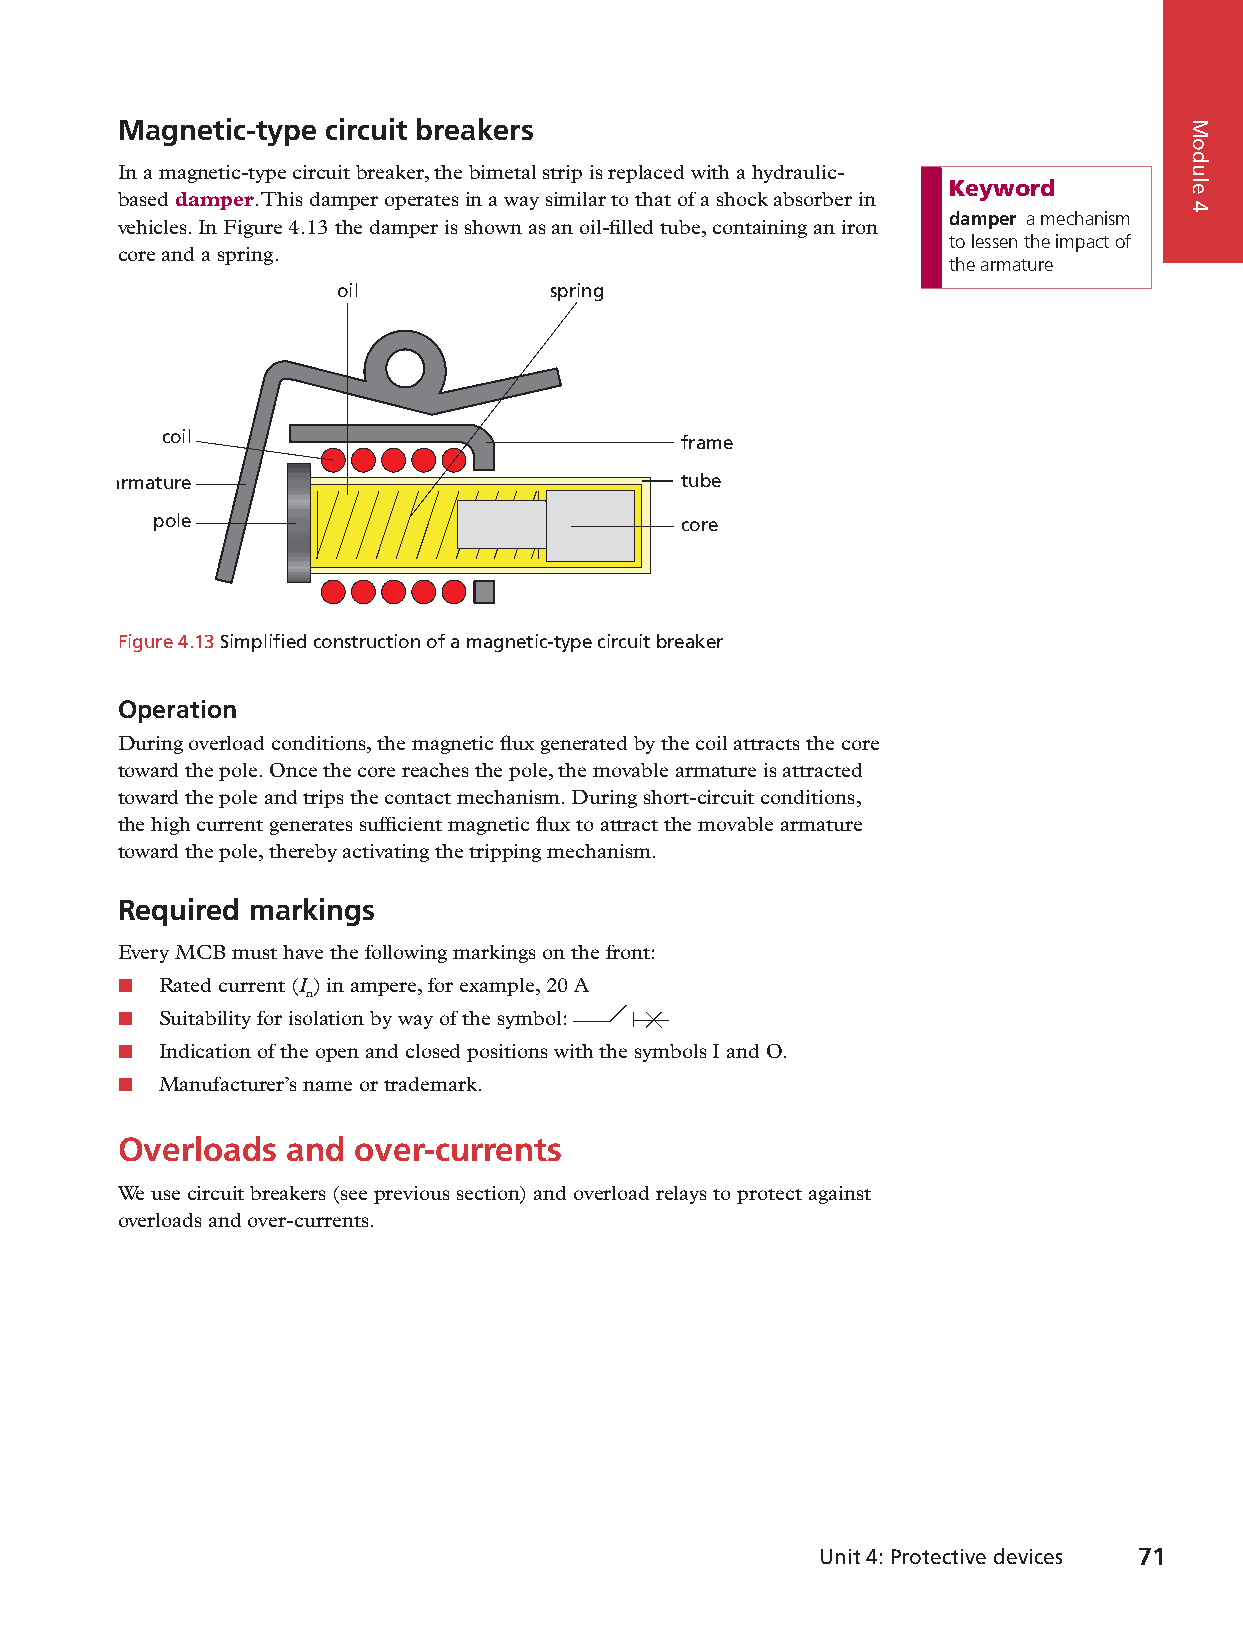
Magnetic-type circuit breakers
 In a magnetic-type circuit breaker, the bimetal strip is replaced with a hydraulic-
 Keyword
 based damper. This damper operates in a way similar to that of a shock absorber in
 damper a mechanism
 vehicles. In Figure 4.13 the damper is shown as an oil-filled tube, containing an iron
 to lessen the impact of
 core and a spring.
 the armature
 oil           spring
 coil                              frame
 armature                             tube
 pole                               core
 Figure 4.13 Simplified construction of a magnetic-type circuit breaker
 Operation
 During overload conditions, the magnetic flux generated by the coil attracts the core
 toward the pole. Once the core reaches the pole, the movable armature is attracted
 toward the pole and trips the contact mechanism. During short-circuit conditions,
 the high current generates sufficient magnetic flux to attract the movable armature
 toward the pole, thereby activating the tripping mechanism.
 Required markings
 Every MCB must have the following markings on the front:
 ■  Rated current (I ) in ampere, for example, 20 A
 n
 ■  Suitability for isolation by way of the symbol:
 ■  Indication of the open and closed positions with the symbols I and O.
 ■  Manufacturer’s name or trademark.
 Overloads  and  over-currents
 We use circuit breakers (see previous section) and overload relays to protect against
 overloads and over-currents.
 Unit 4: Protective devices 71
 9781485717386_ntd_eth_n2_stb_eng_za.indb 71                              2020/05/24 09:55
 Module
 4